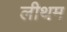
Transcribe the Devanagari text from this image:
लीथम